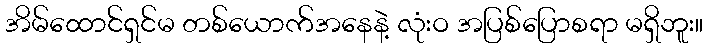
အိမ်ထောင်ရှင်မ တစ်ယောက်အနေနဲ့ လုံးဝ အပြစ်ပြောစရာ မရှိဘူး။